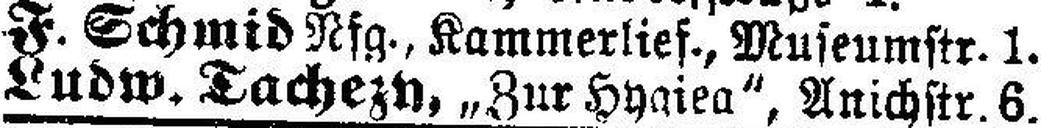
F. Schmid Rfg., Kammerlief., Museumstr. 1.